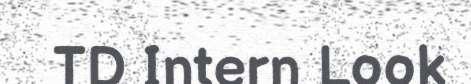
TD Intern Look